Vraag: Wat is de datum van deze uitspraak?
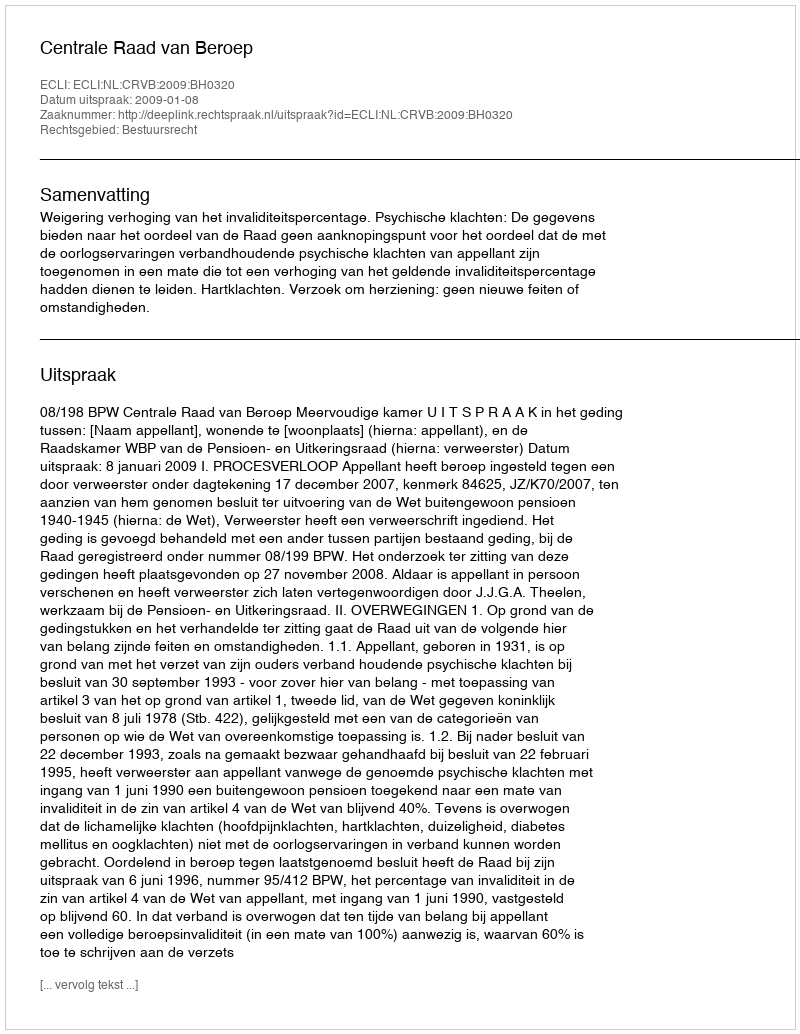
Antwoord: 2009-01-08